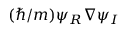
( \hbar / m ) \psi _ { R } \nabla \psi _ { I }